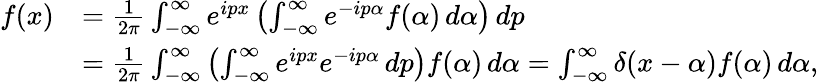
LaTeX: {\begin{array}{rl}{f(x)}&{={\frac{1}{2\pi}}\int_{-\infty}^{\infty}e^{ipx}\left(\int_{-\infty}^{\infty}e^{-ip\alpha}f(\alpha)\, d\alpha\right)\, dp}\\ &{={\frac{1}{2\pi}}\int_{-\infty}^{\infty}\left(\int_{-\infty}^{\infty}e^{ipx}e^{-ip\alpha}\, dp\right)f(\alpha)\, d\alpha=\int_{-\infty}^{\infty}\delta(x-\alpha)f(\alpha)\, d\alpha,}\end{array}}